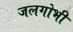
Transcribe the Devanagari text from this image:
जलगोभी